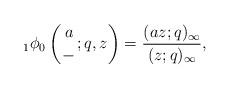
LaTeX: \begin{align*}{}_1\phi_0 \left(\genfrac{}{}{0pt}{}{a}{-};q,z \right) = \frac{(az;q)_\infty}{(z;q)_\infty},\end{align*}